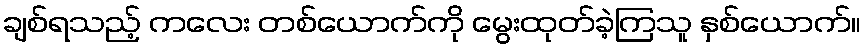
ချစ်ရသည့် ကလေး တစ်ယောက်ကို မွေးထုတ်ခဲ့ကြသူ နှစ်ယောက်။